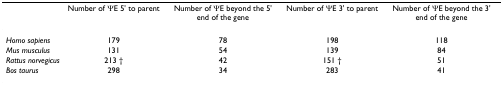
<table><thead><tr><td></td><td><b>Number of ΨE 5&#x27; to parent</b></td><td><b>Number of ΨE beyond the 5&#x27; end of the gene</b></td><td><b>Number of ΨE 3&#x27; to parent</b></td><td><b>Number of ΨE beyond the 3&#x27; end of the gene</b></td></tr></thead><tbody><tr><td><i>Homo sapiens</i></td><td>179</td><td>78</td><td>198</td><td>118</td></tr><tr><td><i>Mus musculus</i></td><td>131</td><td>54</td><td>139</td><td>84</td></tr><tr><td><i>Rattus norvegicus</i></td><td>213 †</td><td>42</td><td>151 †</td><td>51</td></tr><tr><td><i>Bos taurus</i></td><td>298</td><td>34</td><td>283</td><td>41</td></tr></tbody></table>